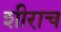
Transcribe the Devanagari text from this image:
शीराच